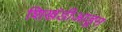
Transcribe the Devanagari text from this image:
शिखंडीआडून